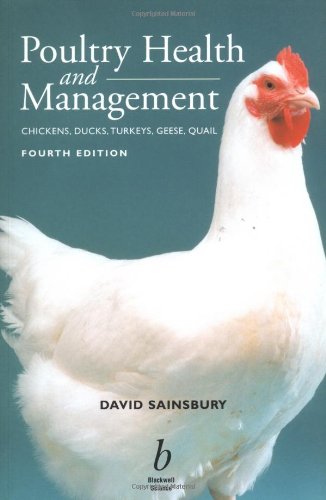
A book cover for Poultry Health and Management: Chickens, Turkeys, Ducks, Geese and Quail; David Sainsbury; Medical Books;